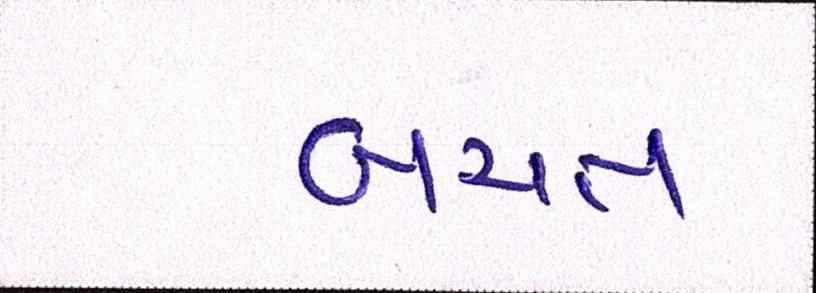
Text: બચત